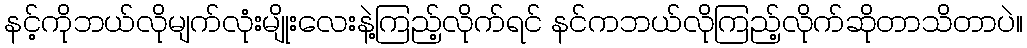
နင့်ကိုဘယ်လိုမျက်လုံးမျိုးလေးနဲ့ကြည့်လိုက်ရင် နင်ကဘယ်လိုကြည့်လိုက်ဆိုတာသိတာပဲ။